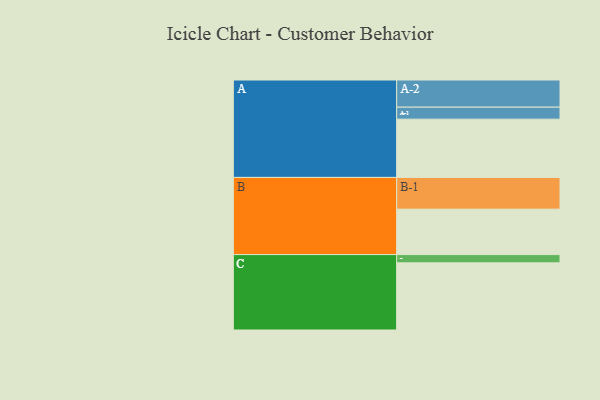
{"axis": {"x": "Segment", "y": "Value"}, "legend": ["", "A", "B", "C"], "data": [{"x": "A", "y": 500, "type": ""}, {"x": "B", "y": 390, "type": ""}, {"x": "C", "y": 576, "type": ""}, {"x": "A-1", "y": 103, "type": "A"}, {"x": "A-2", "y": 233, "type": "A"}, {"x": "B-1", "y": 272, "type": "B"}, {"x": "C-1", "y": 71, "type": "C"}]}